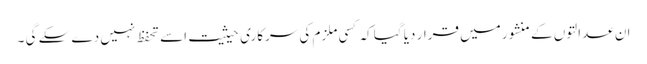
ان عدالتوں کے منشور میں قرار دیا گیا کہ کسی ملزم کی سرکاری حیثیت اسے تحفظ نہیں دے سکے گی ۔